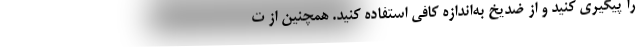
را پیگیری کنید و از ضدیخ به‌اندازه کافی استفاده کنید. همچنین از ت